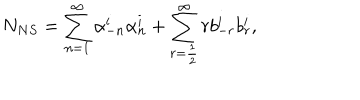
N _ { N S } = \sum _ { n = 1 } ^ { \infty } \alpha _ { - n } ^ { i } \alpha _ { n } ^ { i } + \sum _ { r = \frac { 1 } { 2 } } ^ { \infty } r b _ { - r } ^ { i } b _ { r } ^ { i } ,